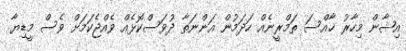
އިޝާން މިހާރު ޚާއްސަ ތަމްރީނެއް ހަދަމުން އަންނަތާ ދުވަސްކޮޅެއް ވެއްޖެކަމަށް ވެސް މީޑިޔާ